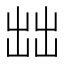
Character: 𰄔